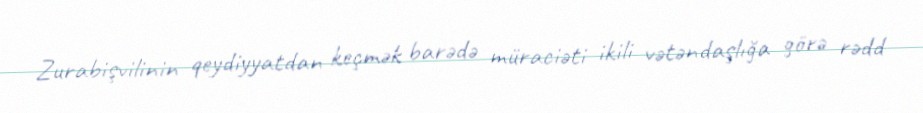
Zurabişvilinin qeydiyyatdan keçmək barədə müraciəti ikili vətəndaşlığa görə rədd